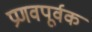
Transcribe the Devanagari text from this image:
प्रणवपूर्वक